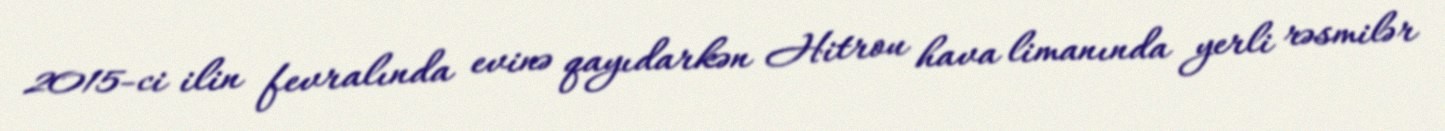
2015-ci ilin fevralında evinə qayıdarkən Hitrou hava limanında yerli rəsmilər